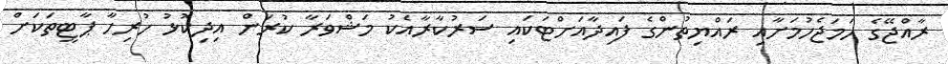
ރާއްޖޭގެ ހަމަޖެހުމަށާއި ރައްޔިތުންގެ ފައިދާއަށްޓަކައި ސަރުކާރާއެކު މަޝްވަރާ ކުރަން އިދިކޮޅު ހުރިހާ ޕާޓީތަކަށް